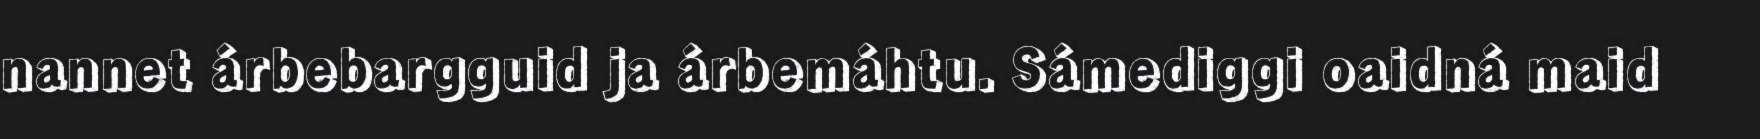
nannet árbebargguid ja árbemáhtu. Sámediggi oaidná maid